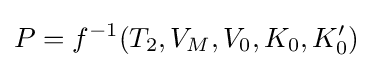
P=f^{-1}(T_{2},V_{M},V_{0},K_{0},K_{0}')